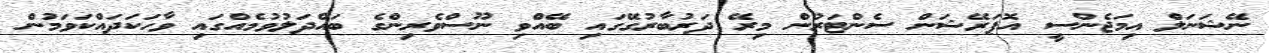
ނޭޝަނަލް އިމަޖެންސީ އޮޕަރޭޝަން ސެންޓަރުން މިރޭ ދަރުބާރުގޭގައި ބޭއްވި ނޫސްވެރިންގެ ބައްދަލުވުމެއްގައި ވާހަކަދައްކަވަމުން